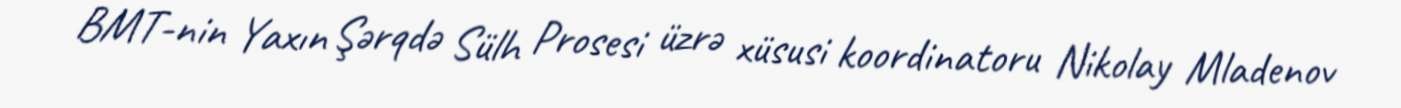
BMT-nin Yaxın Şərqdə Sülh Prosesi üzrə xüsusi koordinatoru Nikolay Mladenov